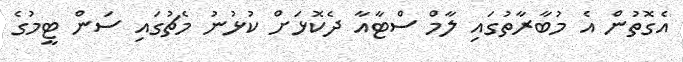
އެގޮތުން އެ މުބާރާތުގައި ލާމް ސްޓާއާ ދެކޮޅަށް ކުޅުނު މެޗުގައި ސަން ޓީމުގެ